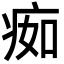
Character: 㾒